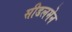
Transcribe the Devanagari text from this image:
सीडलमेन